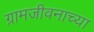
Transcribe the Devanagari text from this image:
ग्रामजीवनाच्या